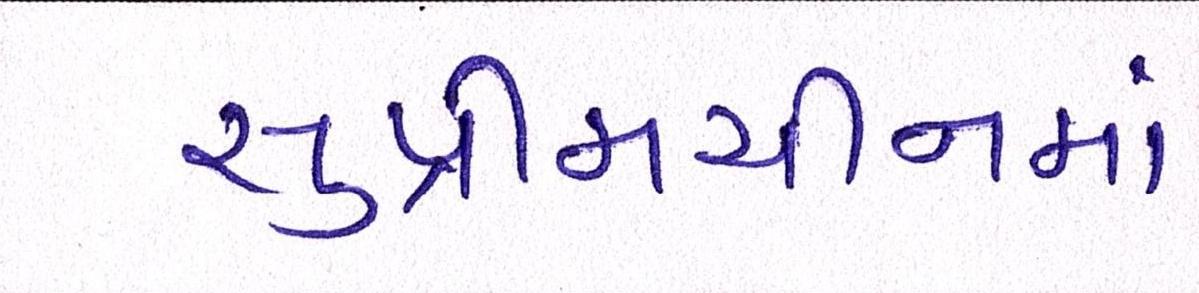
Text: સુપ્રીમચીનમાં